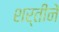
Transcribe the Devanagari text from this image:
शर्तीने